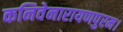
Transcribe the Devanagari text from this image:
कनिवेनारायणपुरम।